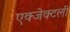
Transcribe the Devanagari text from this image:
एक्जेक्टली